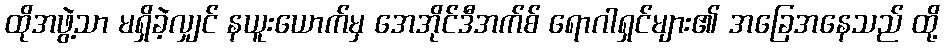
ထိုအဖွဲ့သာ မရှိခဲ့လျှင် နယူးယောက်မှ အေအိုင်ဒီအက်စ် ရောဂါရှင်များ၏ အခြေအနေသည် ထို့